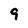
Character: 9